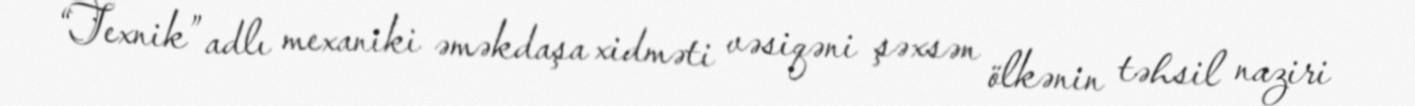
“Texnik” adlı mexaniki əməkdaşa xidməti vəsiqəni şəxsən ölkənin təhsil naziri